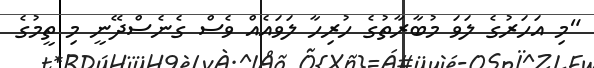
"މި އަހަރުގެ ލަވަ މުބާރާތުގެ ހުރިހާ ލަވައެއް ވެސް ގެނެސްދޭނީ މި ތީމުގެ